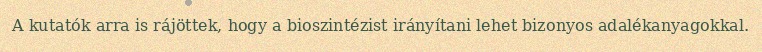
A kutatók arra is rájöttek, hogy a bioszintézist irányítani lehet bizonyos adalékanyagokkal.